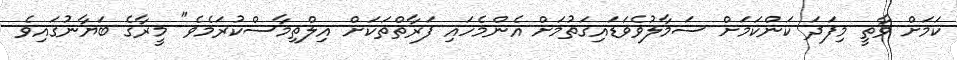
ކަމަށް ވާތީ މިފަދަ ކަންކަމަށް ސަމާލުވެވަޑައިގަތުމަށް އެންމެހައި ފަރާތްތަކަށް އިލްތިމާސްކުރަމެވެ" މީރާގެ ބަޔާނުގައިވެ